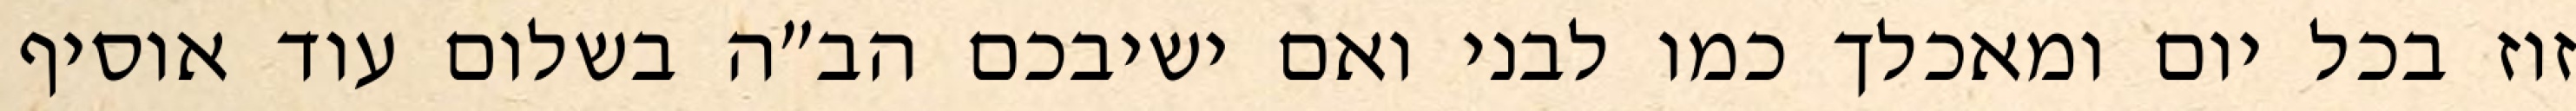
זוז בכל יום ומאכלך כמו לבני ואם ישיבכם הב”ה בשלום עוד אוסיף